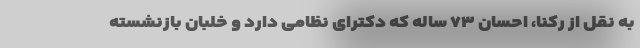
به نقل از رکنا، احسان ۷۳ ساله که دکترای نظامی دارد و خلبان بازنشسته